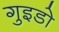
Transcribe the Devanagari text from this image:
गुइडो